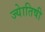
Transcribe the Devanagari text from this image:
ज्‍येातिषी